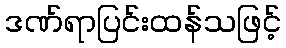
ဒဏ်ရာပြင်းထန်သဖြင့်